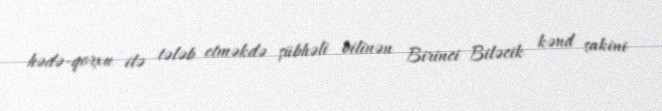
hədə-qorxu ilə tələb etməkdə şübhəli bilinən Birinci Biləcik kənd sakini